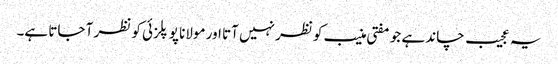
یہ عجیب چاند ہے جو مفتی منیب کو نظر نہیں آتا اور مولانا پوپلزئی کو نظر آ جاتا ہے۔